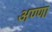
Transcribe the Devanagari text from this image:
अण्‍णा